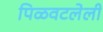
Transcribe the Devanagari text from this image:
पिळवटलेली